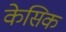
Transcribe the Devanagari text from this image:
केसिक